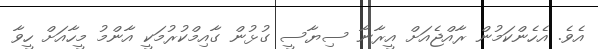
އެވެ. އެހެންކަމުން ރާއްޖެއަށް އީރާނާ ސިޔާސީ ގުޅުން ގާއިމްކުރުމަކީ އާންމު މީހާއަށް ހީވާ